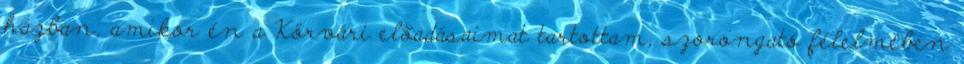
házban, amikor én a Körvári elõadásaimat tartottam, szorongató félelmében